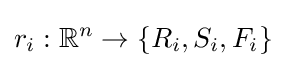
r_{i}:\mathbb {R} ^{n}\rightarrow \{R_{i},S_{i},F_{i}\}